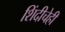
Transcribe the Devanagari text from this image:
शिंदीचेही